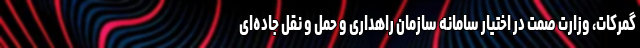
گمرکات، وزارت صمت در اختیار سامانه سازمان راهداری و حمل و نقل جاده‌ای